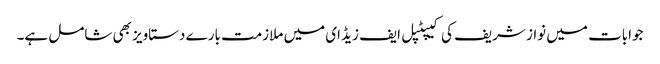
جوابات میں نواز شریف کی کیپٹپل ایف زیڈ ای میں ملازمت بارے دستاویز بھی شامل ہے۔